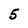
Character: 5